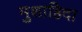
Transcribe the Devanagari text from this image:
मुशाहिदा